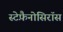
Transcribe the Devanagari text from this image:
स्टेफ़ैनोसिरॉस